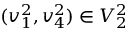
( v _ { 1 } ^ { 2 } , v _ { 4 } ^ { 2 } ) \in V _ { 2 } ^ { 2 }